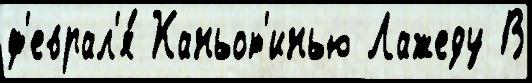
ф'еврал'я́ Каньот'инью Лажеду В